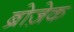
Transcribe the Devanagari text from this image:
ब्रोज़ेक